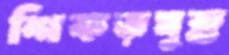
শিকড়যুক্ত